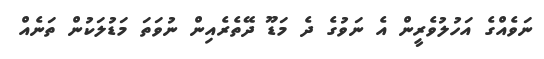
ނަވެއްގެ އަހުލުވެރީން އެ ނަވުގެ ދެ މަޑޫ ދޭތެރެއިން ނުވަތަ މަޑުލަކުން ތަނެއް